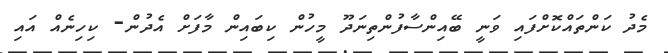
މެދު ކަންތައްކޮށްފައި ވަނީ ބޭއިންސާފުންތިނަދޫ މީހުން ކިބައިން މާފަށް އެދުން- ކިހިނެއް އައި